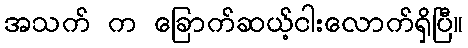
အသက် က ခြောက်ဆယ့်ငါးလောက်ရှိပြီ။